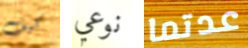
كيف نوعي عدتما